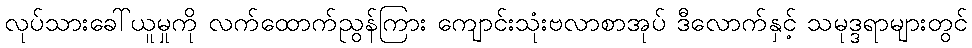
လုပ်သားခေါ်ယူမှုကို လက်ထောက်ညွန်ကြား ကျောင်းသုံးဗလာစာအုပ် ဒီလောက်နှင့် သမုဒ္ဒရာများတွင်